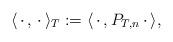
LaTeX: \begin{align*}\langle\,\cdot\,,\,\cdot\,\rangle_T := \langle\,\cdot\,,P_{T,n}\,\cdot\,\rangle,\end{align*}